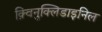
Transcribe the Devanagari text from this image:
क़्विनुक्लिडाइनिल